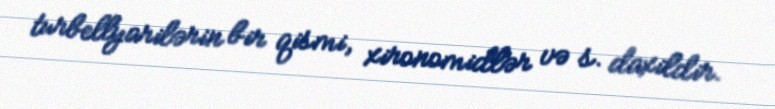
turbellyarilərin bir qismi, xironomidlər və s. daxildir.